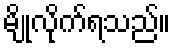
မျိုလိုက်ရသည်။